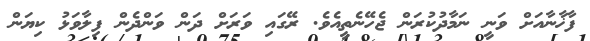
ފާޚާނާއަށް ވަނީ ނަމާދުކުރަން ޖެހޭނެތީއެވެ. ރޭގައި ވަރަށް ދަން ވަންދެން ފިލާވަޅު ކިޔަން